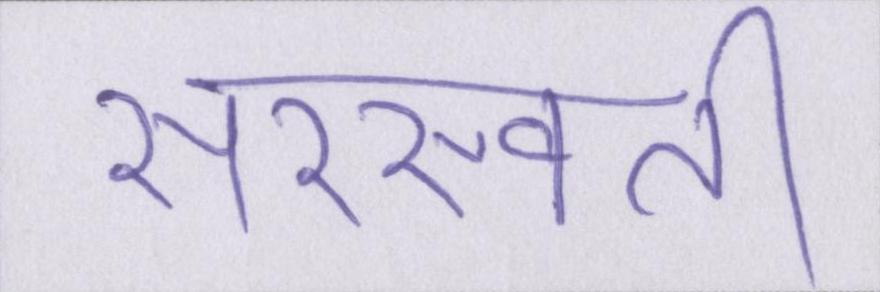
सरस्वती